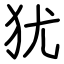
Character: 犹